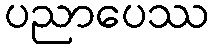
ပညာပေဿ